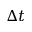
{ \Delta t }